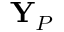
{ \bf Y } _ { P }